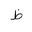
Letter: _za